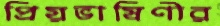
প্রিয়ভাষিণীর